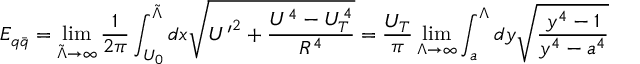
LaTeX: E _ { q \bar { q } } = \operatorname * { l i m } _ { { \tilde { \Lambda } } \rightarrow \infty } \frac { 1 } { 2 \pi } \int _ { U _ { 0 } } ^ { { \tilde { \Lambda } } } d x \sqrt { { U ^ { \prime } } ^ { 2 } + \frac { U ^ { 4 } - U _ { T } ^ { 4 } } { R ^ { 4 } } } = \frac { U _ { T } } { \pi } \operatorname * { l i m } _ { \Lambda \rightarrow \infty } \int _ { a } ^ { \Lambda } d y \sqrt { \frac { y ^ { 4 } - 1 } { y ^ { 4 } - a ^ { 4 } } }